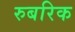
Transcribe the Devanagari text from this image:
रुबरिक